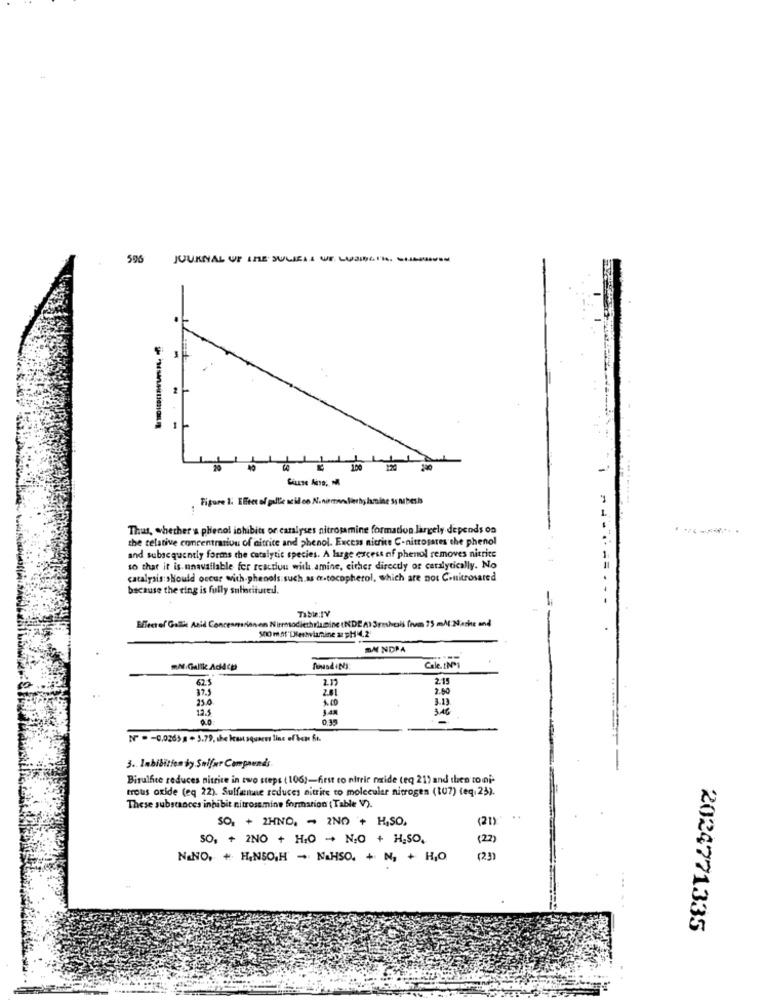
596
JOURNAL OF IME JULIEIL WE. LUSIGTR. S.
Figure 1: Effeet of pullle acid on N.nimeslierhy lamine Ssnpesh
Thus, whether'a phenol inhibits or caralyses nitrosamine formation largely depends on
the relative concentration of aitrice and phenol. Excess nitrite C-nitropares the phenol
and subacquently forms the catalytic species. A large excess of phenol removes nitrite
so that it is unavailable for reaction with amine, cither directly of carslyrically. No
catalysis should occur with-phenols such.as er-tocopherol, which are not Conitrosared
because the ring is fully sularitured.
Tible:TV
.-
Effectof Gall Acid Concesmarion en Nismodiethrismine (NDE A) Sreshals frem 75 mM Nache and
500 m ff"Dlerhylamine az pH 4,2
DM NDPA
mM Galik Addcp
Cole. (Nº1
62.5
2.17
2:15
17.5
281
2.50
150
A. ED
3.13
12.5
3,46
0.35
3. labibition by Sulfur Comprends
Bisulfite reduces nitrite in two steps ( 106)-first to nitric nide (eq 21) and then toni-
trous oxide (eq 22). Sulfatale reduces nitrite to molecular nitrogen (107) (eq.23).
These substances inhibit nitrosemine formation ( Table V).
SO, + 2HNO, - 2ND + H,SO,
(21)
SO, + 2NO + H10 - N;O + H.SO,
(22)
NANO, + HANSO.H - NAHSO. + N, + HO
(2)
2024771335